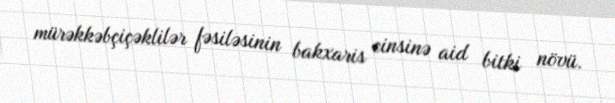
mürəkkəbçiçəklilər fəsiləsinin bakxaris cinsinə aid bitki növü.